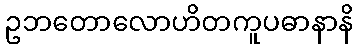
ဥဘတောလောဟိတကူပဓာနာနိ